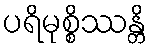
ပရိမုစ္စိဿန္တိ